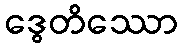
ဒွေတိဿော